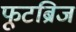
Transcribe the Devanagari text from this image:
फूटब्रिज